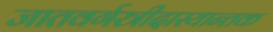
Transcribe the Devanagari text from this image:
जातवर्गस्त्रीदास्यान्तक